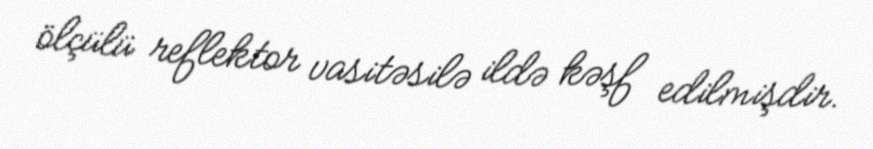
ölçülü reflektor vasitəsilə ildə kəşf edilmişdir.